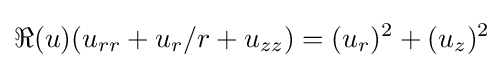
\displaystyle \Re (u)(u_{rr}+u_{r}/r+u_{zz})=(u_{r})^{2}+(u_{z})^{2}